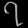
Digit: ၇